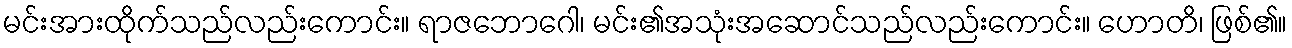
မင်းအားထိုက်သည်လည်းကောင်း။ ရာဇဘောဂေါ၊ မင်း၏အသုံးအဆောင်သည်လည်းကောင်း။ ဟောတိ၊ ဖြစ်၏။